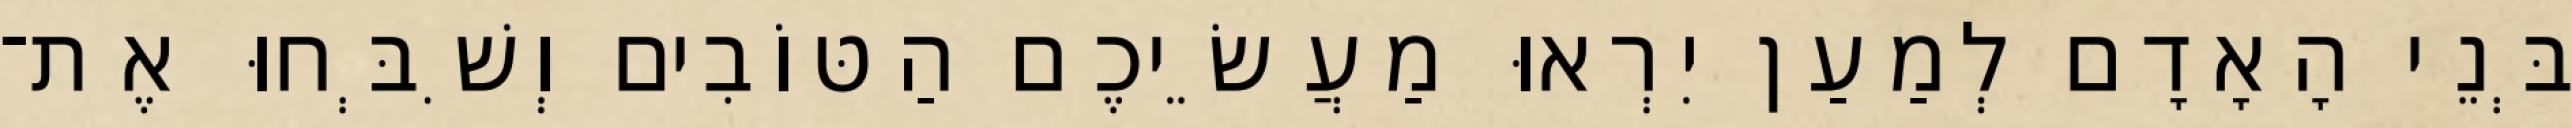
בְּנֵי הָאָדָם לְמַעַן יִרְאוּ מַעֲשֵׂיכֶם הַטּוֹבִים וְשִׁבְּחוּ אֶת־